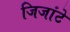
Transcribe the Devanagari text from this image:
जिजांटे